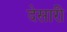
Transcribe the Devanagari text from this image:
देसारी